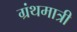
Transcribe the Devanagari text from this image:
ग्रंथमात्री